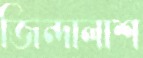
জিন্দালাশ